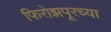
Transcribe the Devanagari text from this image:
फिरोझपूरच्या